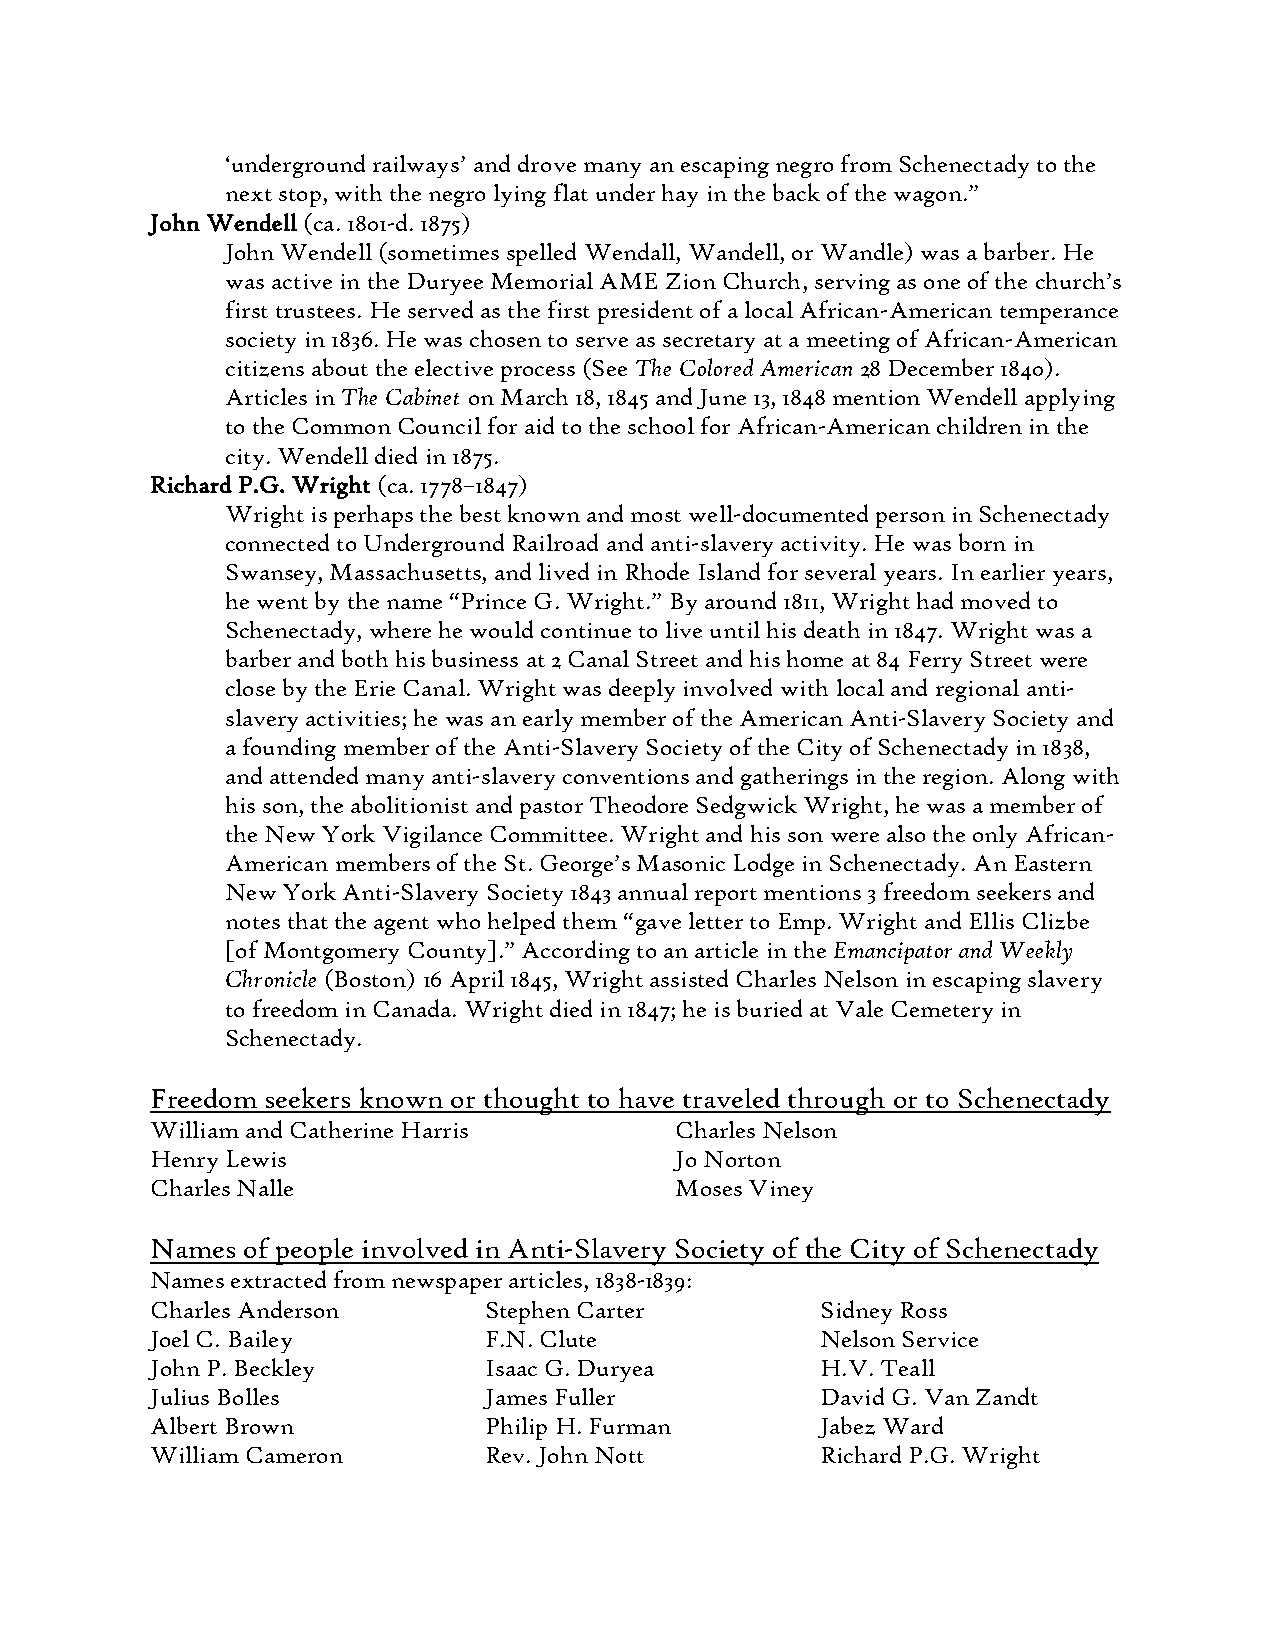
„underground railways‟ and drove many an escaping negro from Schenectady to the
 next stop, with the negro lying flat under hay in the back of the wagon.”
 John Wendell (ca. 1801-d. 1875)
 John Wendell (sometimes spelled Wendall, Wandell, or Wandle) was a barber. He
 was active in the Duryee Memorial AME Zion Church, serving as one of the church‟s
 first trustees. He served as the first president of a local African-American temperance
 society in 1836. He was chosen to serve as secretary at a meeting of African-American
 citizens about the elective process (See The Colored American 28 December 1840).
 Articles in The Cabinet on March 18, 1845 and June 13, 1848 mention Wendell applying
 to the Common Council for aid to the school for African-American children in the
 city. Wendell died in 1875.
 Richard P.G. Wright (ca. 1778–1847)
 Wright is perhaps the best known and most well-documented person in Schenectady
 connected to Underground Railroad and anti-slavery activity. He was born in
 Swansey, Massachusetts, and lived in Rhode Island for several years. In earlier years,
 he went by the name “Prince G. Wright.” By around 1811, Wright had moved to
 Schenectady, where he would continue to live until his death in 1847. Wright was a
 barber and both his business at 2 Canal Street and his home at 84 Ferry Street were
 close by the Erie Canal. Wright was deeply involved with local and regional anti-
 slavery activities; he was an early member of the American Anti-Slavery Society and
 a founding member of the Anti-Slavery Society of the City of Schenectady in 1838,
 and attended many anti-slavery conventions and gatherings in the region. Along with
 his son, the abolitionist and pastor Theodore Sedgwick Wright, he was a member of
 the New York Vigilance Committee. Wright and his son were also the only African-
 American members of the St. George‟s Masonic Lodge in Schenectady. An Eastern
 New York Anti-Slavery Society 1843 annual report mentions 3 freedom seekers and
 notes that the agent who helped them “gave letter to Emp. Wright and Ellis Clizbe
 [of Montgomery County].” According to an article in the Emancipator and Weekly
 Chronicle (Boston) 16 April 1845, Wright assisted Charles Nelson in escaping slavery
 to freedom in Canada. Wright died in 1847; he is buried at Vale Cemetery in
 Schenectady.
 Freedom seekers known or thought to have traveled through or to Schenectady
 William and Catherine Harris       Charles Nelson
 Henry Lewis                        Jo Norton
 Charles Nalle                      Moses Viney
 Names of people involved in Anti-Slavery Society of the City of Schenectady
 Names extracted from newspaper articles, 1838-1839:
 Charles Anderson      Stephen Carter        Sidney Ross
 Joel C. Bailey        F.N. Clute            Nelson Service
 John P. Beckley       Isaac G. Duryea       H.V. Teall
 Julius Bolles         James Fuller          David G. Van Zandt
 Albert Brown          Philip H. Furman      Jabez Ward
 William Cameron       Rev. John Nott        Richard P.G. Wright